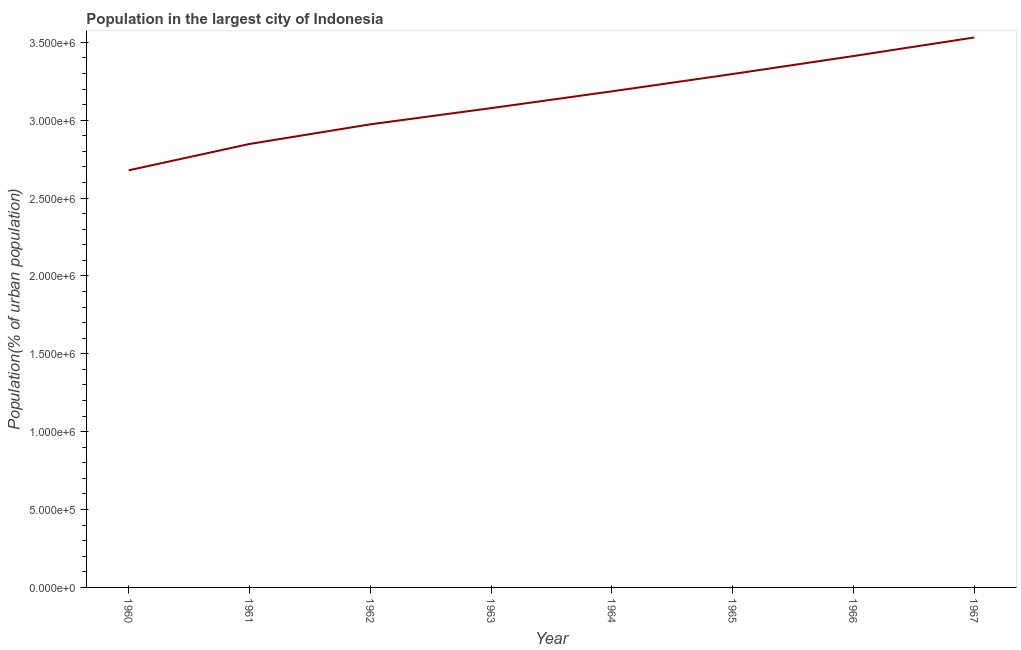
| Year | Population in largest city |
 | --- | --- |
 | 1960 | 2.68e+06 |
 | 1961 | 2.85e+06 |
 | 1962 | 2.97e+06 |
 | 1963 | 3.08e+06 |
 | 1964 | 3.19e+06 |
 | 1965 | 3.3e+06 |
 | 1966 | 3.41e+06 |
 | 1967 | 3.53e+06 |